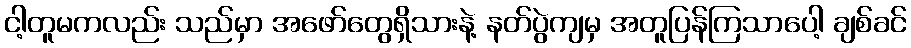
ငါ့တူမကလည်း သည်မှာ အဖော်တွေရှိသားနဲ့ နတ်ပွဲကျမှ အတူပြန်ကြသာပေါ့ ချစ်ခင်